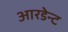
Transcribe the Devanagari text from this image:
आरडेन्ट